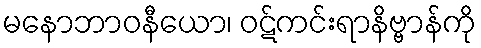
မနောဘာဝနီယော၊ ဝဋ်ကင်းရာနိဗ္ဗာန်ကို